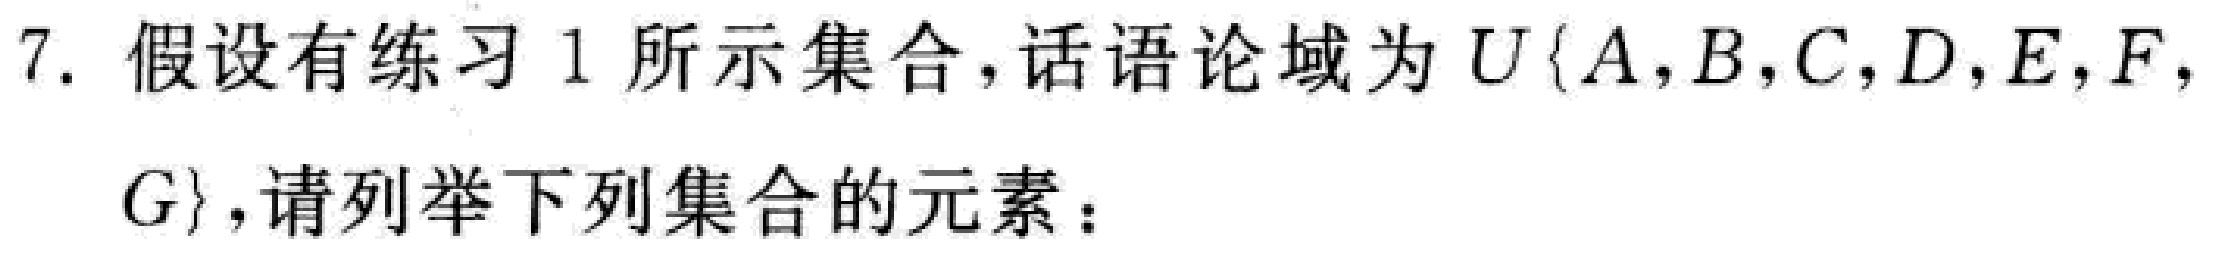
7. 假设有练习 1 所示集合，话语论域为 \(U\{A,B,C,D,E,F,G\}\)，请列举下列集合的元素：